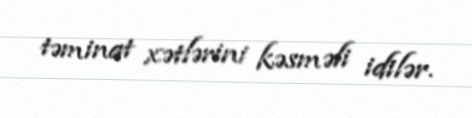
təminat xətlərini kəsməli idilər.